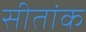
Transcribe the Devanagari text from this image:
सीतांक